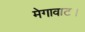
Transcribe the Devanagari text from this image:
मेगावाट।